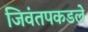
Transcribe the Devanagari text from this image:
जिवंतपकडले